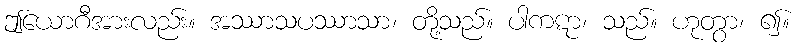
ဤယောဂီအားလည်း။ အဿာသပဿာသာ၊ တို့သည်။ ပါကဋာ၊ သည်။ ဟုတွာ၊ ၍။